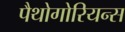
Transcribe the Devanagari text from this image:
पैथोगोरियन्स